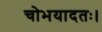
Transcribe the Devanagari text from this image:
चोभयादतः।